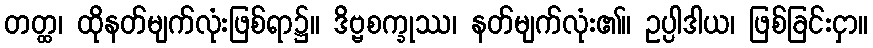
တတ္ထ၊ ထိုနတ်မျက်လုံးဖြစ်ရာ၌။ ဒိဗ္ဗစက္ခုဿ၊ နတ်မျက်လုံး၏။ ဥပ္ပါဒါယ၊ ဖြစ်ခြင်းငှာ။